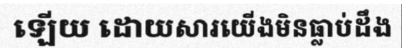
ឡើយ ដោយសារយើងមិនធ្លាប់ដឹង